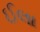
ઈલા